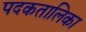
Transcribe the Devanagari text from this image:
पदकतालिका